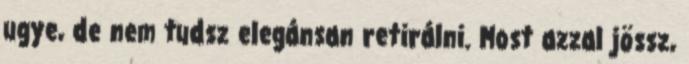
ugye, de nem tudsz elegánsan retirálni. Most azzal jössz,